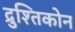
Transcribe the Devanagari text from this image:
द्रुश्तिकोन